Civil Veterinary Dept. Bombay admin report 1923-31 - 1923-1931
Year: 1923
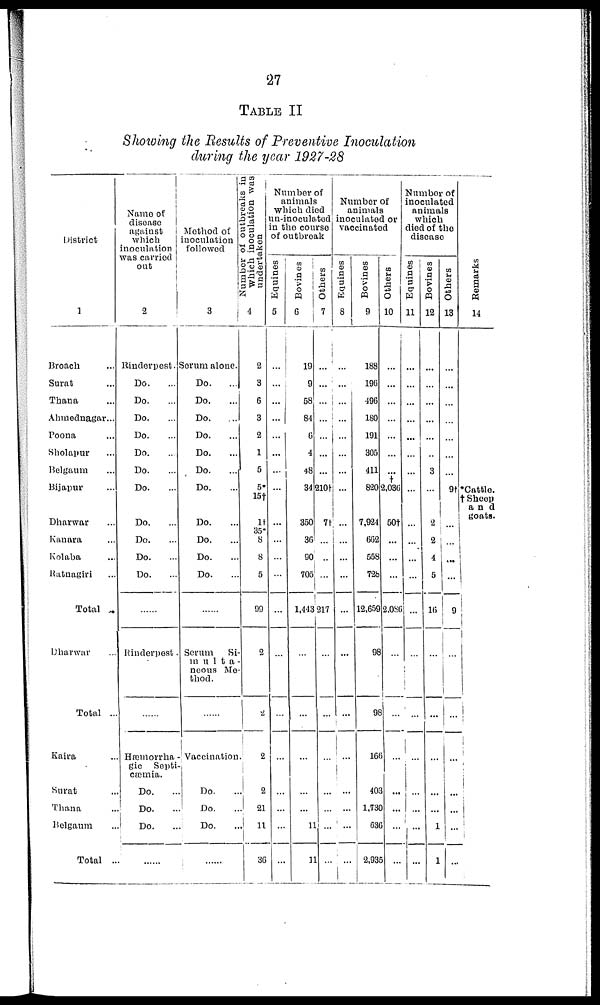
27
TABLE II
Showing the Results of Preventive Inoculation
during the year 1927-28
District
1
Broach ...
Surat ...
Thana ...
Ahmednagar...
Poona ...
Sholapur ...
Belgaum ...
Bijapur ...
Dharwar ...
Kanara ...
Kolaba ...
Ratnagiri ...
Total ...
Dharwar ...
Total ..
Kaira ...
Surat ...
Thana ...
Belgaum ...
Total ..
Name of
disease
against
which
inoculation
was carried
out
2
Rinderpest.
Do. ...
Do. ...
Do. ...
Do. ...
Do. ...
Do. ...
Do. ...
Do. ...
Do. ...
Do. ...
Do. ...
......
Rinderpest.
......
Hæmorrha
gic Septi-
cæmia.
Do. ...
Do. ...
Do. ...
......
Method of
inoculation
followed
3
Serum alone.
Do. ...
Do. ...
Do. ...
Do. ...
Do. ...
Do. ...
Do. ...
Do. ...
Do. ...
Do. ...
Do. ...
......
Serum
Si-
multa-
neous Me-
thod.
......
Vaccination
Do. ...
Do. ...
Do. ...
......
Number of outbreaks in
which inoculation was
undertaken
4
2
3
6
3
2
1
5
5*
1†
1†
35*
8
8
5
99
2
2
2
2
21
11
36
Number of
animals
Which died
un-inoculated
in the course
of outbreak
Equines
5
...
...
...
...
...
...
...
...
...
...
...
...
...
...
...
...
...
...
...
...
Bovines
6
19
9
58
84
6
4
48
34
350
36
90
705
1,443
...
...
...
...
...
11
11
Others
7
...
...
...
...
...
...
...
210†
7†
...
...
...
217
...
...
...
...
...
...
...
Number of
animals
inoculated or
vaccinated
Equines
8
...
...
...
...
...
...
...
...
...
...
...
...
...
...
...
...
...
...
...
...
Bovines
9
188
196
496
180
191
305
411
820
7,924
662
558
728
12,659
98
98
16
403
1,730
636
2,935
Others
10
...
...
...
...
...
...
...
† 2,036
50†
...
...
...
2,086
...
...
...
...
...
...
...
Number of
inoculated
animals
which
died of the
disease
Equines
11
...
...
...
...
...
...
...
...
...
...
...
...
...
...
...
...
...
...
...
...
Bovines
12
...
...
...
...
...
...
3
...
2
2
4
5
16
...
...
...
...
...
1
1
Others
13
...
...
...
...
...
...
...
9†
...
...
...
...
9
...
...
...
...
...
...
...
Remarks
14
*Cattle.
† Sheep
and
goats.